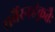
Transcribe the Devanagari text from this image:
सर्वैरनहंकृतैः